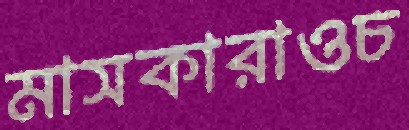
মাসকারাওচ